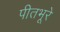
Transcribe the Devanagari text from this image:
पीतभूरे